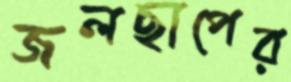
জলছাপের